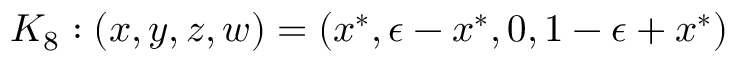
K _ { 8 } : ( x , y , z , w ) = ( x ^ { * } , \epsilon - x ^ { * } , 0 , 1 - \epsilon + x ^ { * } )